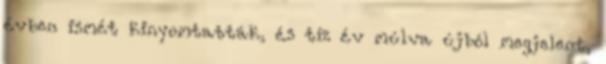
évben ismét kinyomtatták, és tíz év múlva újból megjelent,